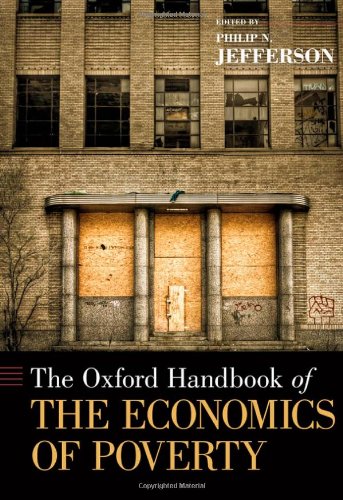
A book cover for The Oxford Handbook of the Economics of Poverty (Oxford Handbooks); Business & Money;